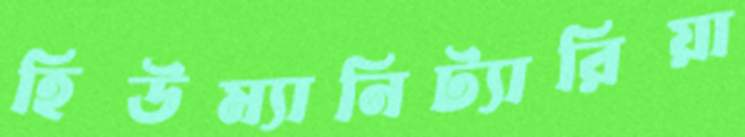
হিউম্যানিট্যারিয়া